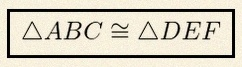
\triangle ABC\cong\triangle DEF